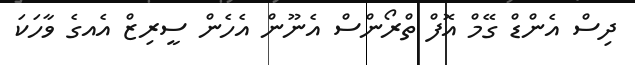
ދިސް އެންޑް ގޭމް އޮފް ތްރޯންސް އެނޫން އެހެން ސީރިޒް އެއގެ ވާހަކަ